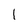
Character: I